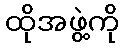
ထိုအဖွဲ့ကို